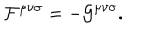
{ \cal F } ^ { { \mu } { \nu } { \sigma } } = - { \cal G } ^ { { \mu } { \nu } { \sigma } } .